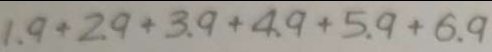
1 . 9 + 2 . 9 + 3 . 9 + 4 . 9 + 5 . 9 + 6 . 9